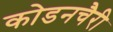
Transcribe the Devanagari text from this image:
कोडनचैरी